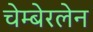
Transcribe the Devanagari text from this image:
चेम्बेरलेन